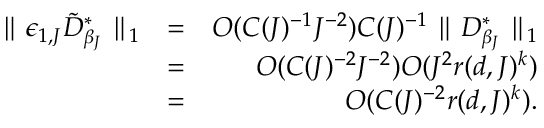
\begin{array} { r l r } { \parallel \epsilon _ { 1 , J } \tilde { D } _ { \beta _ { J } } ^ { * } \parallel _ { 1 } } & { = } & { O ( C ( J ) ^ { - 1 } J ^ { - 2 } ) C ( J ) ^ { - 1 } \parallel D _ { \beta _ { J } } ^ { * } \parallel _ { 1 } } \\ & { = } & { O ( C ( J ) ^ { - 2 } J ^ { - 2 } ) O ( J ^ { 2 } r ( d , J ) ^ { k } ) } \\ & { = } & { O ( C ( J ) ^ { - 2 } r ( d , J ) ^ { k } ) . } \end{array}